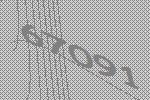
67091